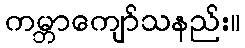
ကမ္ဘာကျော်သနည်း။